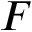
\boldsymbol { F }